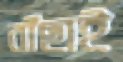
বাঁছাই